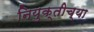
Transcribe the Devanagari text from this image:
नियुक्तीच्या